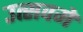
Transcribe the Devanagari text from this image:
उत्सवमें